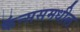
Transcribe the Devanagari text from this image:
कॅन्ससमधील